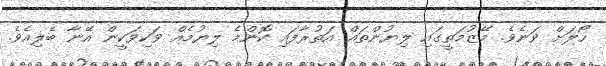
ހޯލަށް ވަނެވެ. މޭޒުމަތީގައި ލިޔުންތައް އަތުރާފައި ކޮންމެ ލިޔުމެއް ވަކިވަކީން އޭނާ ބެލިއެވެ.